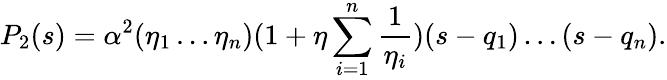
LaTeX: P_{2}(s)=\alpha^{2}(\eta_{1}\ldots\eta_{n})(1+\eta\sum_{i=1}^{n}\frac{1}{\eta_{i}})(s-q_{1})\ldots(s-q_{n}).